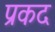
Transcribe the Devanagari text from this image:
प्रकद